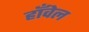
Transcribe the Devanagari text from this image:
हाँवेल